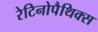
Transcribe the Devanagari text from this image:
रेटिनोपैथिक्स